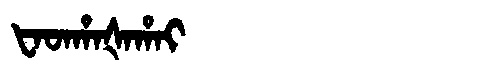
Manchu: ᡶᠠᡨᡥᠠᡧᠠᡥᠠᡳ
Romanization: FATHAŠAHAI